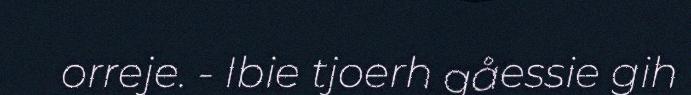
orreje. - Ibie tjoerh gåessie gih